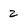
Character: 2